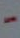
-